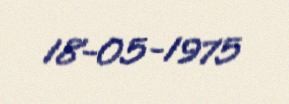
18-05-1975